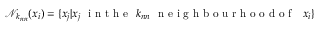
\mathcal N _ { k _ { n n } } ( x _ { i } ) = \{ x _ { j } | x _ { j } \ \mathrm { ~ i ~ n ~ t ~ h ~ e ~ } \ k _ { n n } \ \mathrm { ~ n ~ e ~ i ~ g ~ h ~ b ~ o ~ u ~ r ~ h ~ o ~ o ~ d ~ o ~ f ~ } \ \ x _ { i } \}